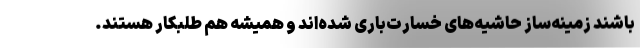
باشند زمینه‌ساز حاشیه‌های خسارت‌باری شده‌اند و همیشه هم طلبکار هستند.